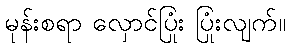
မုန်းစရာ လှောင်ပြုံး ပြုံးလျက်။